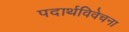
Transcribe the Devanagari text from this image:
पदार्थविवेचना